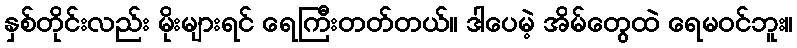
နှစ်တိုင်းလည်း မိုးများရင် ရေကြီးတတ်တယ်။ ဒါပေမဲ့ အိမ်တွေထဲ ရေမဝင်ဘူး။